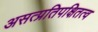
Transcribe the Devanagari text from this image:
असत्प्रतिपक्षितत्व